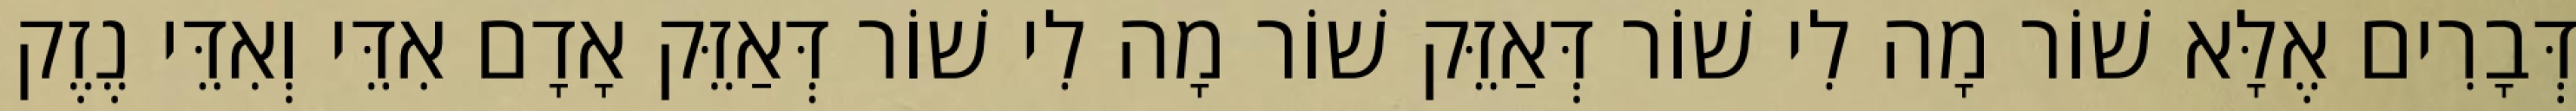
דְּבָרִים אֶלָּא שׁוֹר מָה לִי שׁוֹר דְּאַזֵּק שׁוֹר מָה לִי שׁוֹר דְּאַזֵּק אָדָם אִדֵּי וְאִדֵּי נֶזֶק